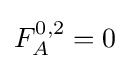
F_{A}^{0,2}=0